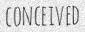
CONCEIVED